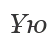
Ұю